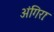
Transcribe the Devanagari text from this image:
अंगिराः